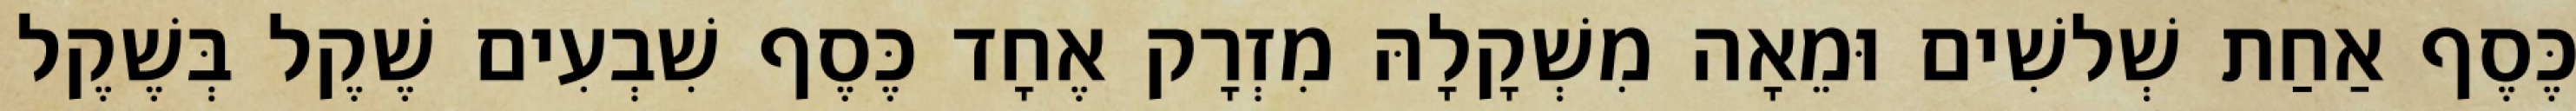
כֶּסֶף אַחַת שְׁלשִׁים וּמֵאָה מִשְׁקָלָהּ מִזְרָק אֶחָד כֶּסֶף שִׁבְעִים שֶׁקֶל בְּשֶׁקֶל